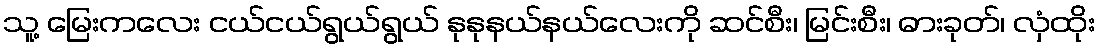
သူ့ မြေးကလေး ငယ်ငယ်ရွယ်ရွယ် နုနုနယ်နယ်လေးကို ဆင်စီး၊ မြင်းစီး၊ ဓားခုတ်၊ လှံထိုး